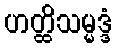
ဟတ္ထိသမ္မဒ္ဒံ